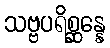
သဗ္ဗပရိစ္ဆန္နေ